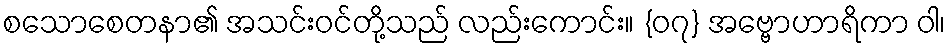
စသောစေတနာ၏ အသင်းဝင်တို့သည် လည်းကောင်း။ {၀၇} အဗ္ဗောဟာရိကာ ဝါ၊